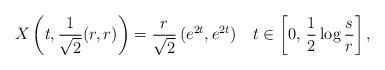
LaTeX: \begin{align*} X \left( t, \frac{1}{\sqrt{2}} (r, r) \right) = \frac{r}{\sqrt{2}} \, (e^{2t}, e^{2t}) \ \ \ t \in \left[0, \, \frac{1}{2}\log\frac{s}{r} \right],\end{align*}